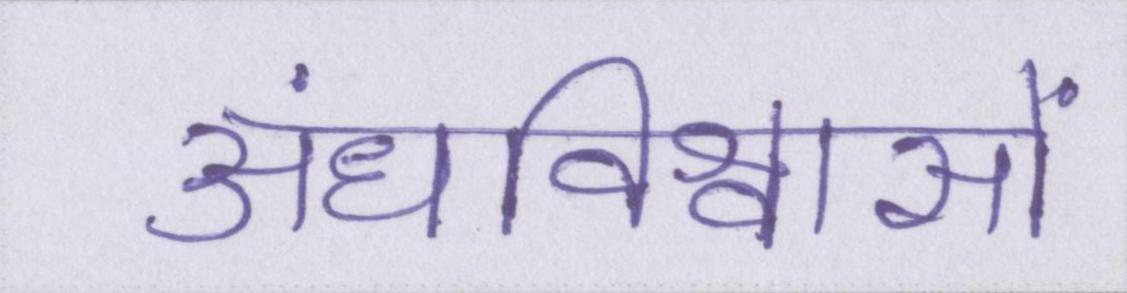
अंधविश्वासों